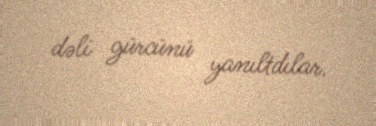
dəli gürcünü yanıltdılar.